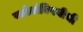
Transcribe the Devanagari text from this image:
स्त्रोतांविषयीची